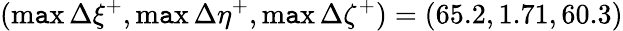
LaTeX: (\operatorname*{m\mathtt{a}x}{\Delta\xi^{+}},\operatorname*{m\mathtt{a}x}{\Delta\eta^{+}},\operatorname*{m\mathtt{a}x}{\Delta\zeta^{+}})=(65.2,1.71,60.3)